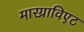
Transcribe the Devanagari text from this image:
मारग्राविएट